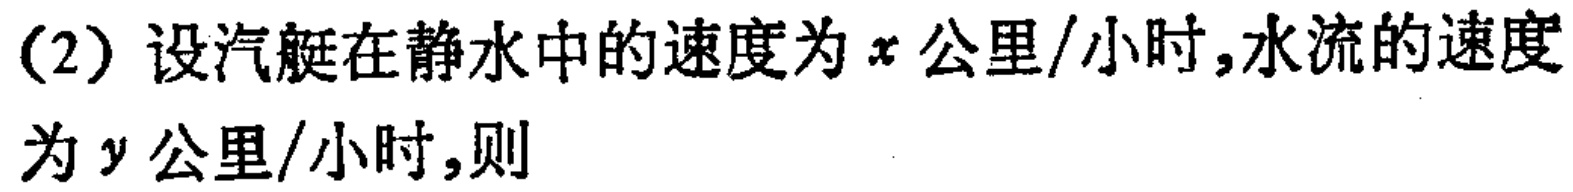
(2) 设汽艇在静水中的速度为\(x\)公里/小时,水流的速度为\(y\)公里/小时,则